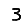
Digit: 3